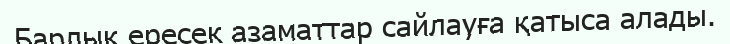
Барлық ересек азаматтар сайлауға қатыса алады.